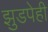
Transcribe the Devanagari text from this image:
झुडपेही